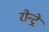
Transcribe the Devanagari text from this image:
रोन्ट्रे